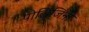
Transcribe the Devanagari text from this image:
पोलिजिनी